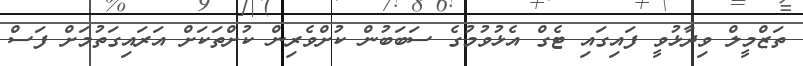
ތަޒްމީލް ވިދާޅުވީ ފައިގައި ޓެގް އެޅުވުމުގެ ސަބަބުން ކުށްވެރިން ކުށްތަކަށް އަރައިގަތުމަށް ފަސް